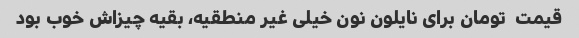
قیمت  تومان برای نایلون نون خیلی غیر منطقیه، بقیه چیزاش خوب بود